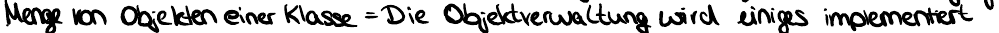
Menge von Objekten einer Klasse = Die Objektverwaltung wird einiges implementiert